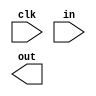
`timescale 1ns / 1ps



module delay(
    input clk,
    input in,
    output out
    );

endmodule